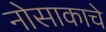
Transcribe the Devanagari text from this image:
नोसाकाचे